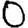
Digit: 0